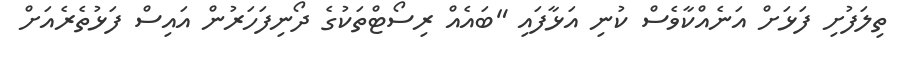
ތިލަފުށި ފަޅަށް އަނެއްކާވެސް ކުނި އަޅާފައި "ބައެއް ރިސޯޓްތަކުގެ ދޯނިފަހަރުން އައިސް ފަޅުތެރެއަށް